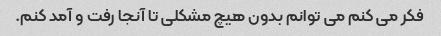
فکر می کنم می توانم بدون هیچ مشکلی تا آنجا رفت و آمد کنم.